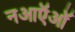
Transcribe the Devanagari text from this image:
नआऍऑ